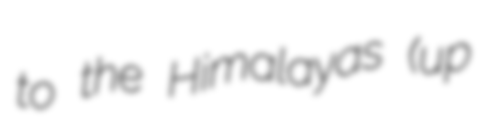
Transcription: to the Himalayas (up